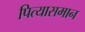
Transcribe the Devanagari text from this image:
पित्यासमान